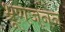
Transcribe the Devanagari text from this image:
भ्रूणजनन